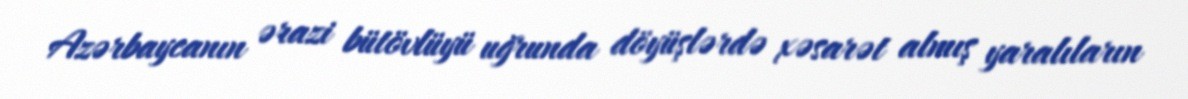
Azərbaycanın ərazi bütövlüyü uğrunda döyüşlərdə xəsarət almış yaralıların